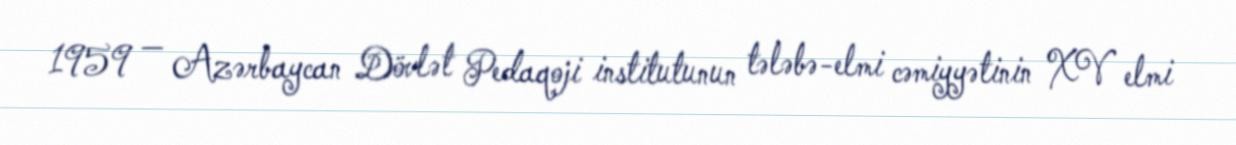
1959 — Azərbaycan Dövlət Pedaqoji institutunun tələbə-elmi cəmiyyətinin XV elmi